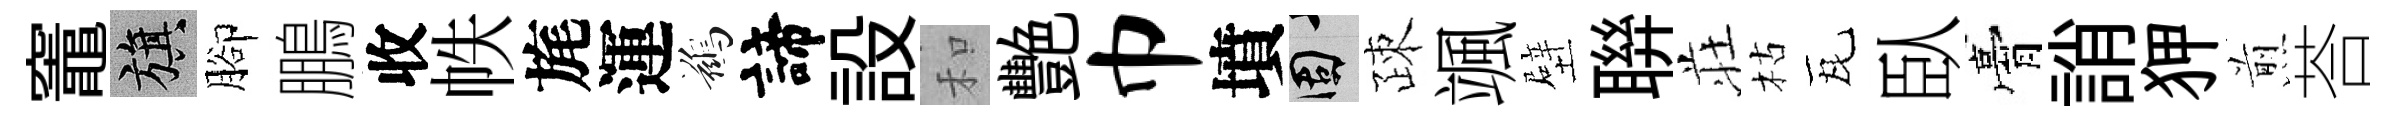
竈旗腳鵬收帙旄運鷀諦設和艷巾墳固疎颯壁聨荘枯瓦臥膏誚狎煎荅